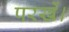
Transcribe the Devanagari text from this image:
परखें।